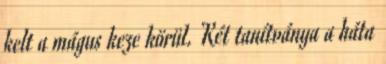
kelt a mágus keze körül. Két tanítványa a háta